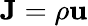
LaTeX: \mathbf{J}=\rho\mathbf{u}